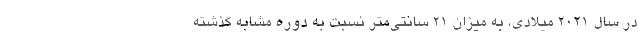
در سال ۲۰۲۱ میلادی، به میزان ۲۱ سانتی‌متر نسبت به دوره مشابه گذشته